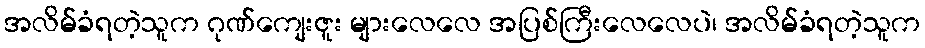
အလိမ်ခံရတဲ့သူက ဂုဏ်ကျေးဇူး များလေလေ အပြစ်ကြီးလေလေပဲ၊ အလိမ်ခံရတဲ့သူက